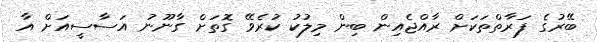
ބޭރުގެ ފަރާތްތަކަށް ރާއްޖެއިން ބިން މިލުކު ކުރެވޭ ގޮތަށް ގާނޫނު އަސާސީއަށް އާ